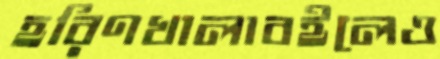
হরিণখালাবইলেও